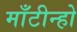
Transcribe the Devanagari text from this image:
माँटीन्हो